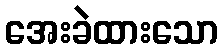
အေးခဲထားသော